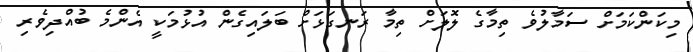
މިކަންކަމަށް ސަމާލުވެ ތިމާގެ ލޮލަށް ތިމާ ރަނގަޅަށް ބަލައިގެން އުޅުމަކީ އެންމެ ބުއްދިވެރި